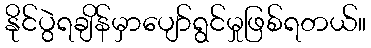
နိုင်ပွဲရချိန်မှာပျော်ရွင်မှုဖြစ်ရတယ်။